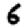
Digit: 6